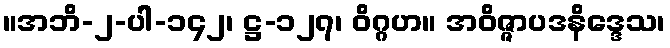
။အဘိ-၂-ပါ-၁၄၂၊ ဋ္ဌ-၁၂၇၊ ဝိဂ္ဂဟ။ အဝိဇ္ဇာပဒနိဒ္ဒေသ၊